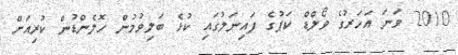
2010 ވަނަ އަހަރުގެ ވޯލްޑް ކަޕުގެ ފައިނަލުގައި ކުޅެ ބަލިވުމުން ހޮލެންޑުން ކުރިއަށް